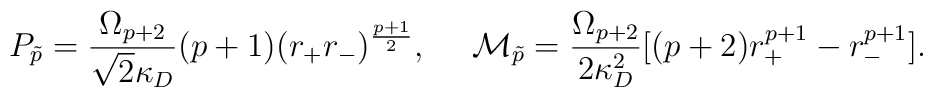
P_{\tilde{p}}={\Omega_{p+2}\over{\sqrt{2}\kappa_D}}(p+1)(r_+r_-)^{{p+1}\over 2},\ \ \ \ {\cal M}_{\tilde{p}}={{\Omega_{p+2}}\over{2\kappa^2_D}}[(p+2)r^{p+1}_+-r^{p+1}_-].